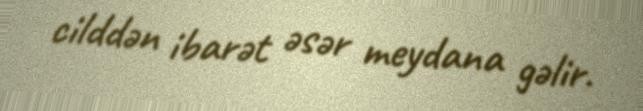
cilddən ibarət əsər meydana gəlir.